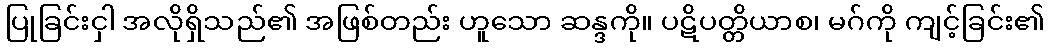
ပြုခြင်းငှါ အလိုရှိသည်၏ အဖြစ်တည်း ဟူသော ဆန္ဒကို။ ပဋိပတ္တိယာစ၊ မဂ်ကို ကျင့်ခြင်း၏